Vaccination Hyderabad 1890-1903 - 1890-1903
Year: 1890
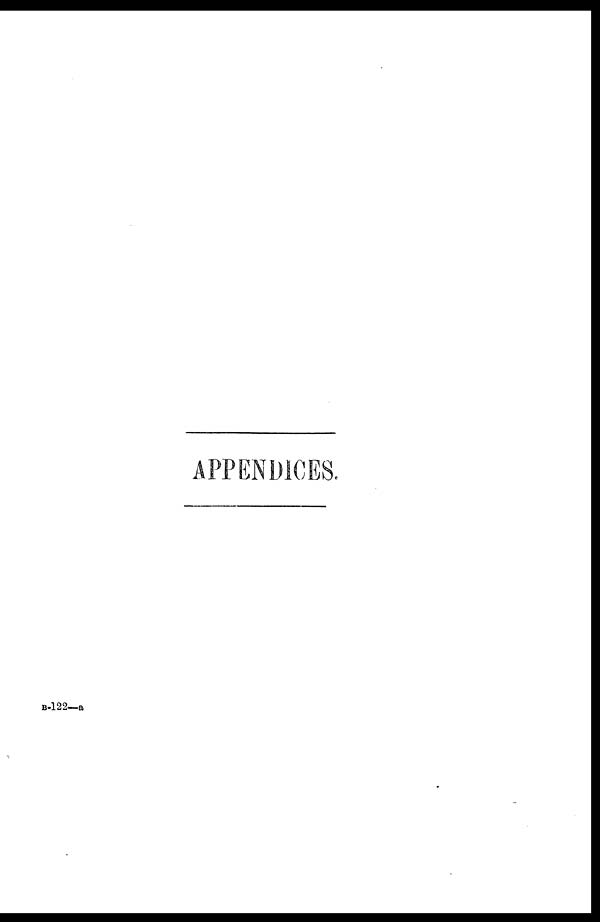
APPENDICES.
B-122—a